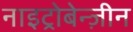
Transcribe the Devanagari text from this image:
नाइट्रोबेन्ज़ीन